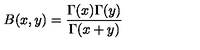
B ( x , y ) = { \frac { \Gamma ( x ) \Gamma ( y ) } { \Gamma ( x + y ) } }